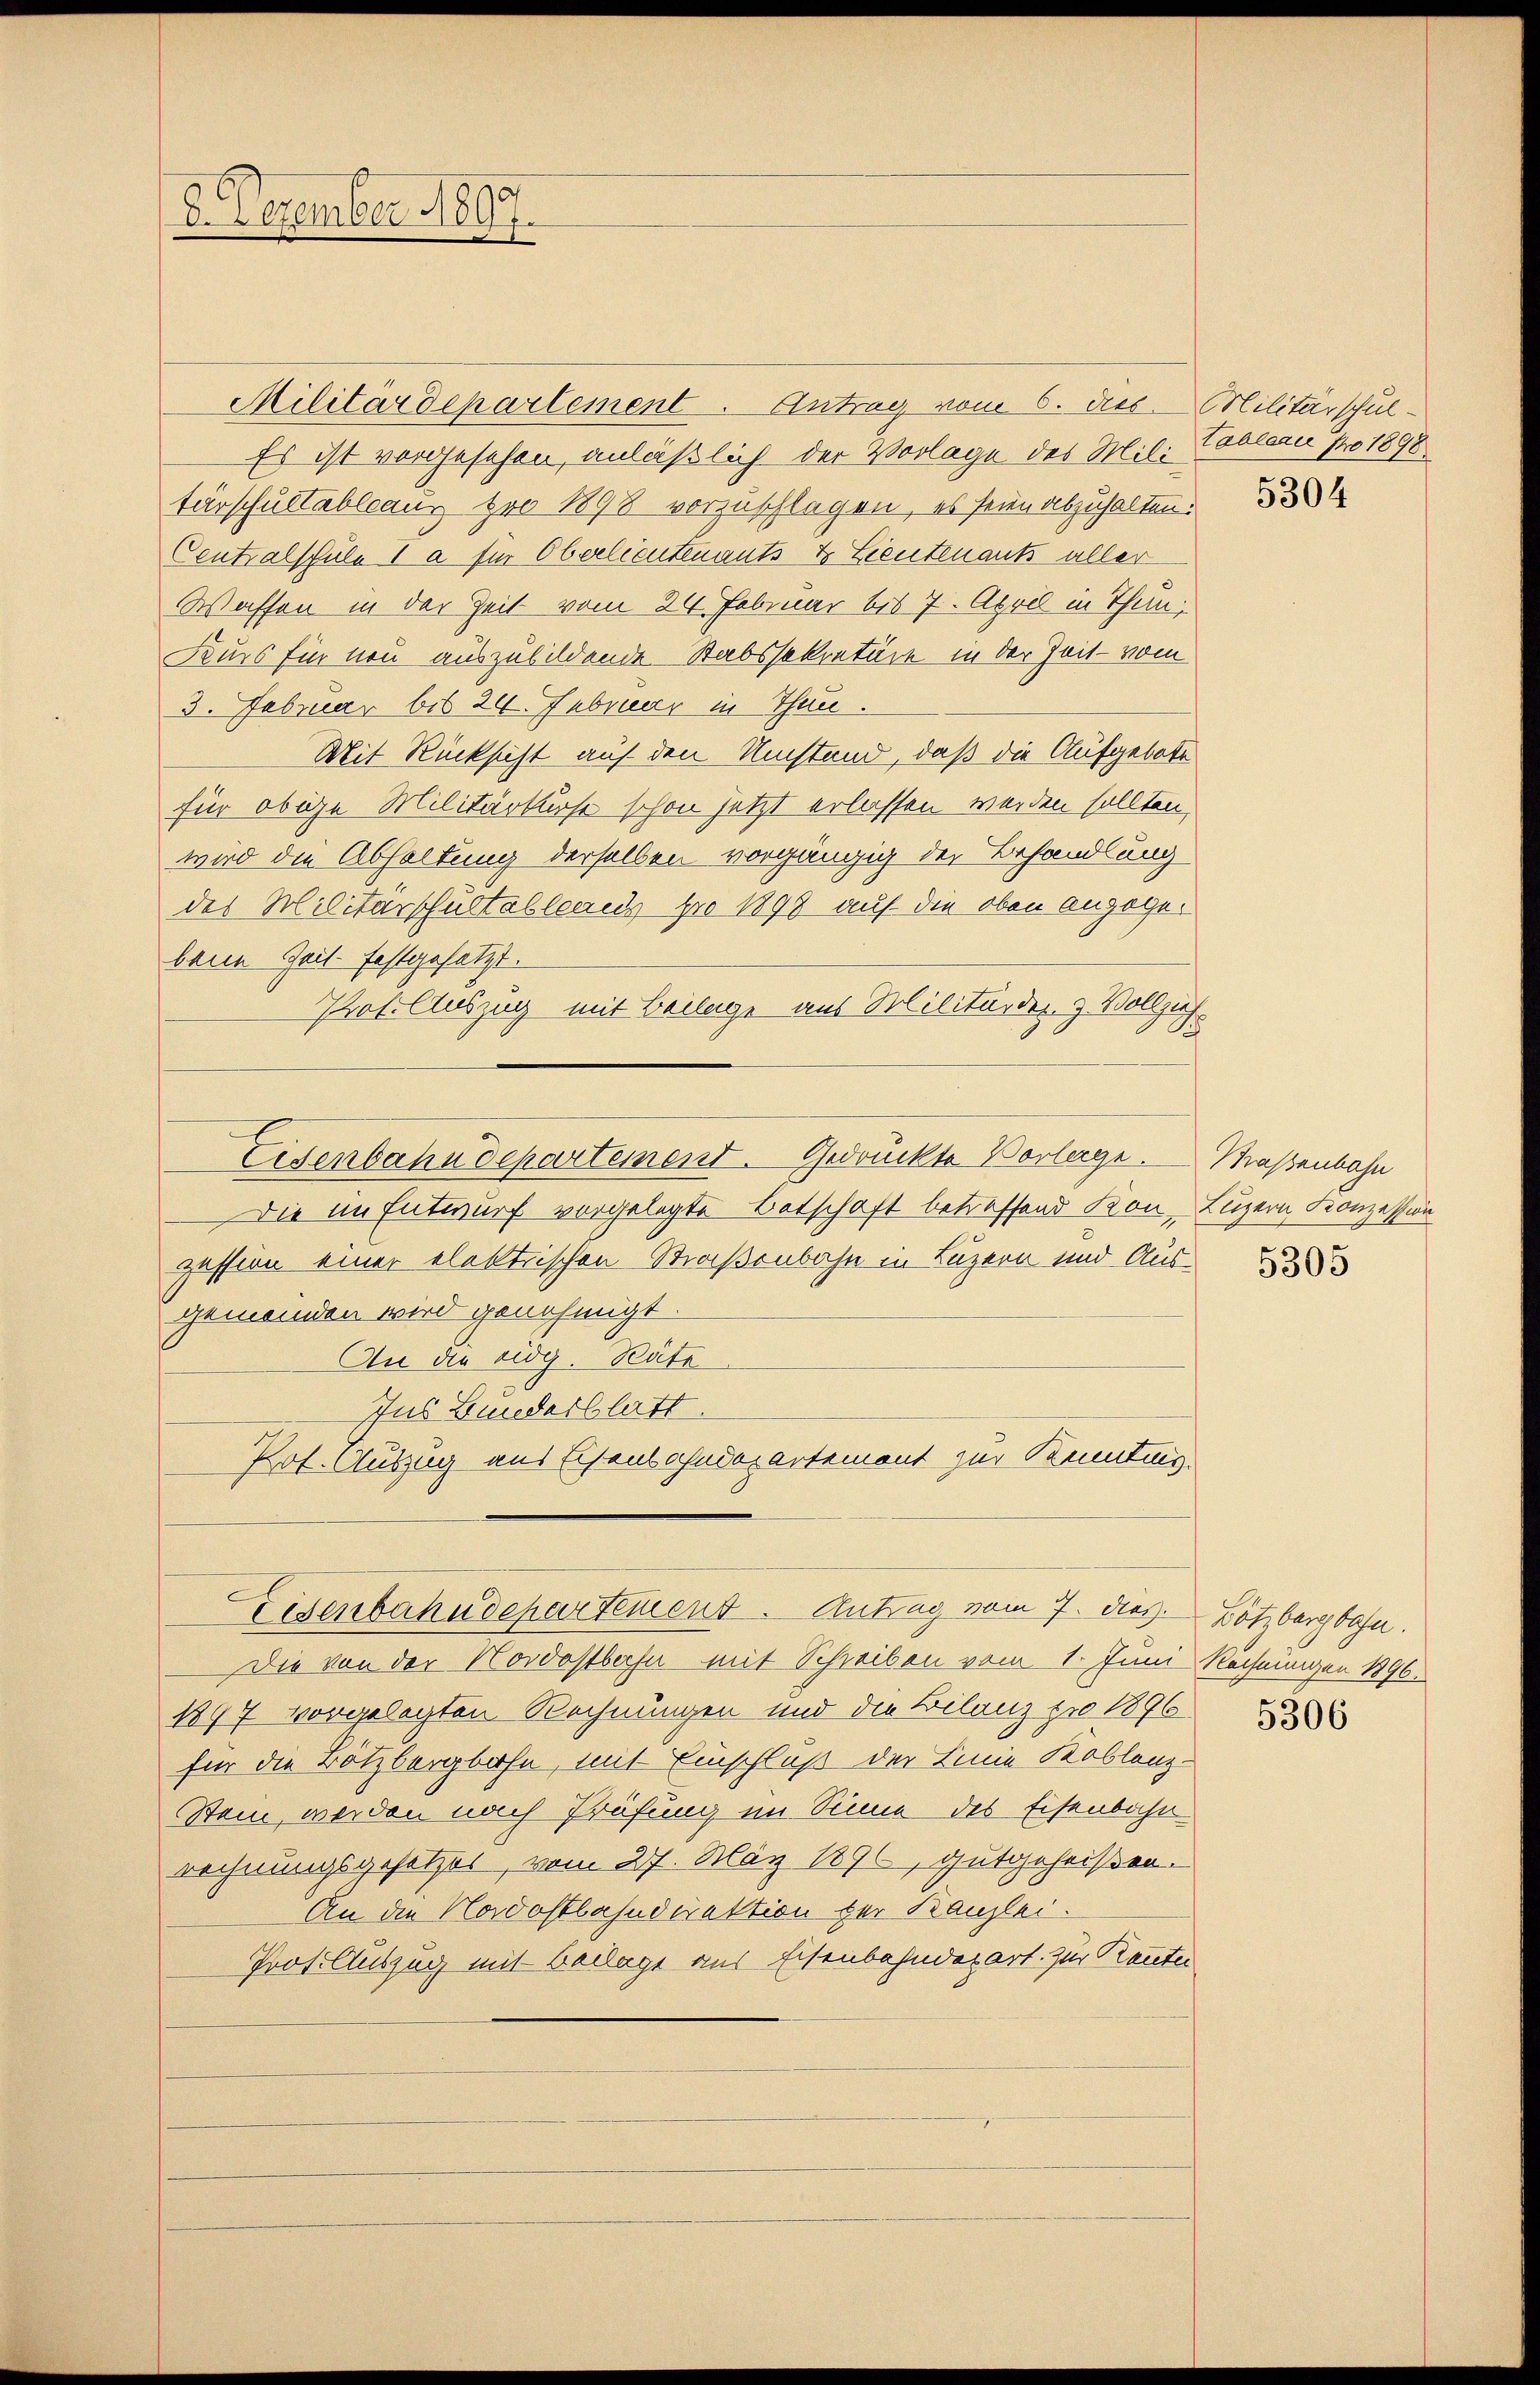
8. Dezember 1897.

Militärdepartement. Antrag vom 6. des Militärschul-
Es ist vorgesehen, anläßlich der Vorlage des Mil. Coblern pro 1898
tärschultableaus pro 1898 vorzuschlagen, es seien abzuhalten.
Centralschule I a für Oberlieutenants & Lieutenants aller
Waffen in der Zeit vom 24. Februar bis 7. April in Thun,
Kurs für neu auszubildende Stabssekretäre in der Zeit vom
3. Februar bis 24. Februar in Thun.
Mit Rücksicht auf den Umstand, daß die Aufgebote
für obige Militärkurse schon jetzt erlassen werden sollten,
wird die Abhaltung derselben vorgängig der Behandlung
des Militärschultableaus pro 1898 auf die oben anzogen
bene Zeit festgesetzt.
Prof. Auszug mit Beilage aus Militärder- & Vollzie¬
Eisenbahndepartement. Gedrückte Vorlage. Straßenbahn
Die im Entwurf vorgelegte Betschaft betreffend Kon, Luzern Konzession
zession einer elektrischen Straßenbahn in Luzern und Aus-
gemeinden wird genehmigt.
An die Eidg. Räte
Jus Bundesblatt.
Prof. Auszug aus Eisenbahndepartement zur Kennting
Eisenbahndepartement. Antrag vom 7. dies.
Die von der Nordostbahn mit Schreiben vom 1. Juni Rechnungen 1896.
1897 vorgelegten Rechnungen und die Bilanz pro 1896.
für die Bötzbergbahn, mit Einschluß der Linie Koblenz-
Stein, werden nach Prüfung im Sinne des Eisenbahn
rechnungsgesetzes, vom 27. März 1896, gutgeheißen.
An die Nordostbahndirektion zur Kanzlei.
Prot. Auszug mit Beilage aus Eisenbahndepart. Zur Kennten

5304

5305

Lötzbergbahn.

5306